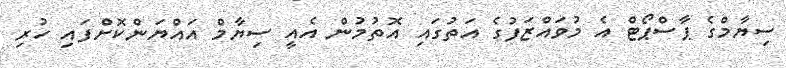
ސިޔާމްގެ ޕާސްޕޯޓް އެ މުވައްޒަފުގެ އަތުގައި އޮތުމުން އެއީ ސިޔާމް އައްޔަންކޮށްފައި ހުރި